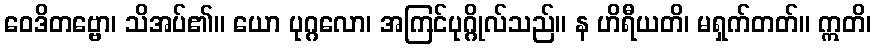
ဝေဒိတဗ္ဗော၊ သိအပ်၏။ ယော ပုဂ္ဂလော၊ အကြင်ပုဂ္ဂိုလ်သည်။ န ဟိရီယတိ၊ မရှက်တတ်။ ဣတိ၊